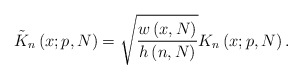
\begin{align*}\tilde K_n \left( {x;p,N} \right) = \sqrt {\frac{{w\left( {x,N} \right)}}{{h\left( {n,N} \right)}}} K_n \left( {x;p,N} \right).\end{align*}